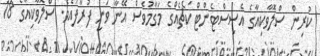
ކުރިން ސްލޮވާކިއާގެ އެސިސްޓެންޓް ކޯޗެއްގެ މަގާމުވެސް އޭނާ ވަނީ ފުރާފައެވެ. ސްލޮވާކިއާގެ 18